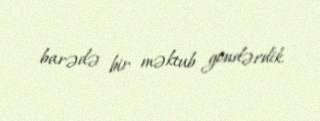
barədə bir məktub göndərdik.